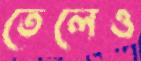
তেলেও